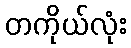
တကိုယ်လုံး